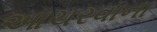
આચરવાના